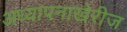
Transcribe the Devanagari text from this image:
अध्यापनाखेरीज